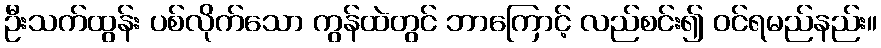
ဦးသက်ထွန်း ပစ်လိုက်သော ကွန်ထဲတွင် ဘာကြောင့် လည်စင်း၍ ဝင်ရမည်နည်း။